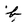
Character: b